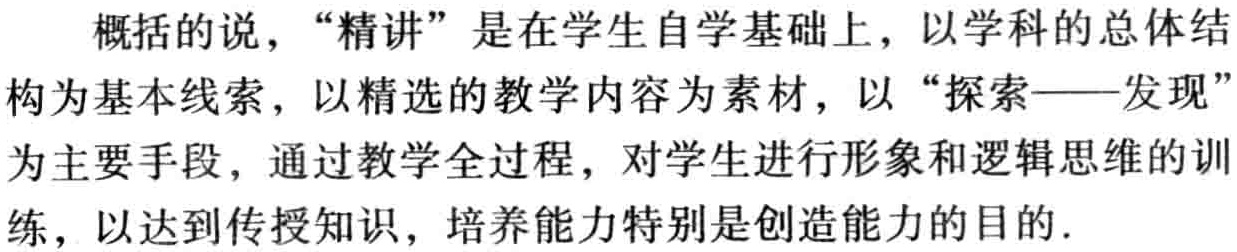
概括的说，“精讲”是在学生自学基础上，以学科的总体结构为基本线索，以精选的教学内容为素材，以“探索——发现”为主要手段，通过教学全过程，对学生进行形象和逻辑思维的训练，以达到传授知识，培养能力特别是创造能力的目的.